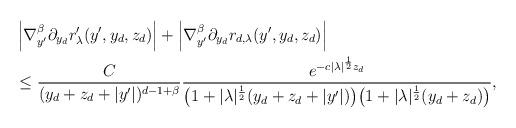
LaTeX: \begin{align*}& \left| \nabla_{y'}^\beta \partial_{y_d} r'_\lambda(y',y_d,z_d)\right|+\left| \nabla_{y'}^\beta \partial_{y_d} r_{d,\lambda}(y',y_d,z_d)\right| \\& \leq \frac{C}{(y_d + z_d +|y'|)^{d-1+\beta}}\frac{e^{-c|\lambda|^{\frac 12}z_d}}{\big (1+|\lambda|^{\frac 12}(y_d+z_d + |y'|) \big ) \big ( 1+ |\lambda|^\frac12 ( y_d +z_d) \big )},\end{align*}